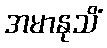
အမာနုသိံ